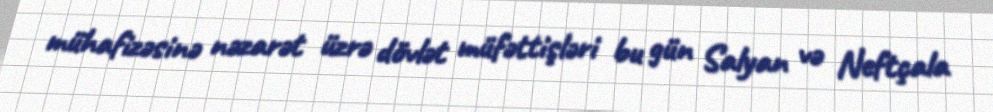
mühafizəsinə nəzarət üzrə dövlət müfəttişləri bu gün Salyan və Neftçala